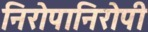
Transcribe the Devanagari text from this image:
निरोपानिरोपी